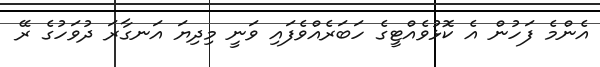
އެންމެ ފަހުން އެ ކޮޅުވެއްޓީގެ ހަބަރެއްވެފައި ވަނީ މިދިޔަ އަނގާރަ ދުވަހުގެ ރޭ